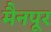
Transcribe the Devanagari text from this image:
मैनपूर